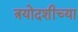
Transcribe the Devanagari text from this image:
त्रयोदशीच्या